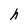
Character: h